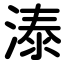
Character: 溙